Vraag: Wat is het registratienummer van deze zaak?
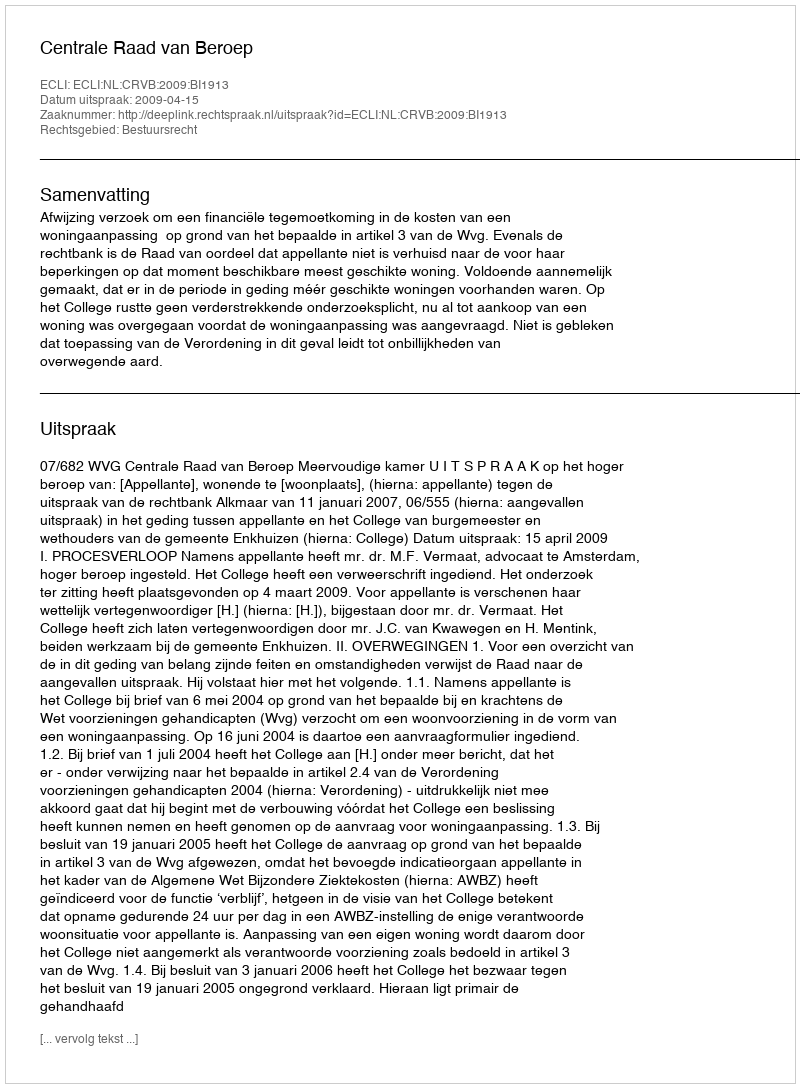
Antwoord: http://deeplink.rechtspraak.nl/uitspraak?id=ECLI:NL:CRVB:2009:BI1913